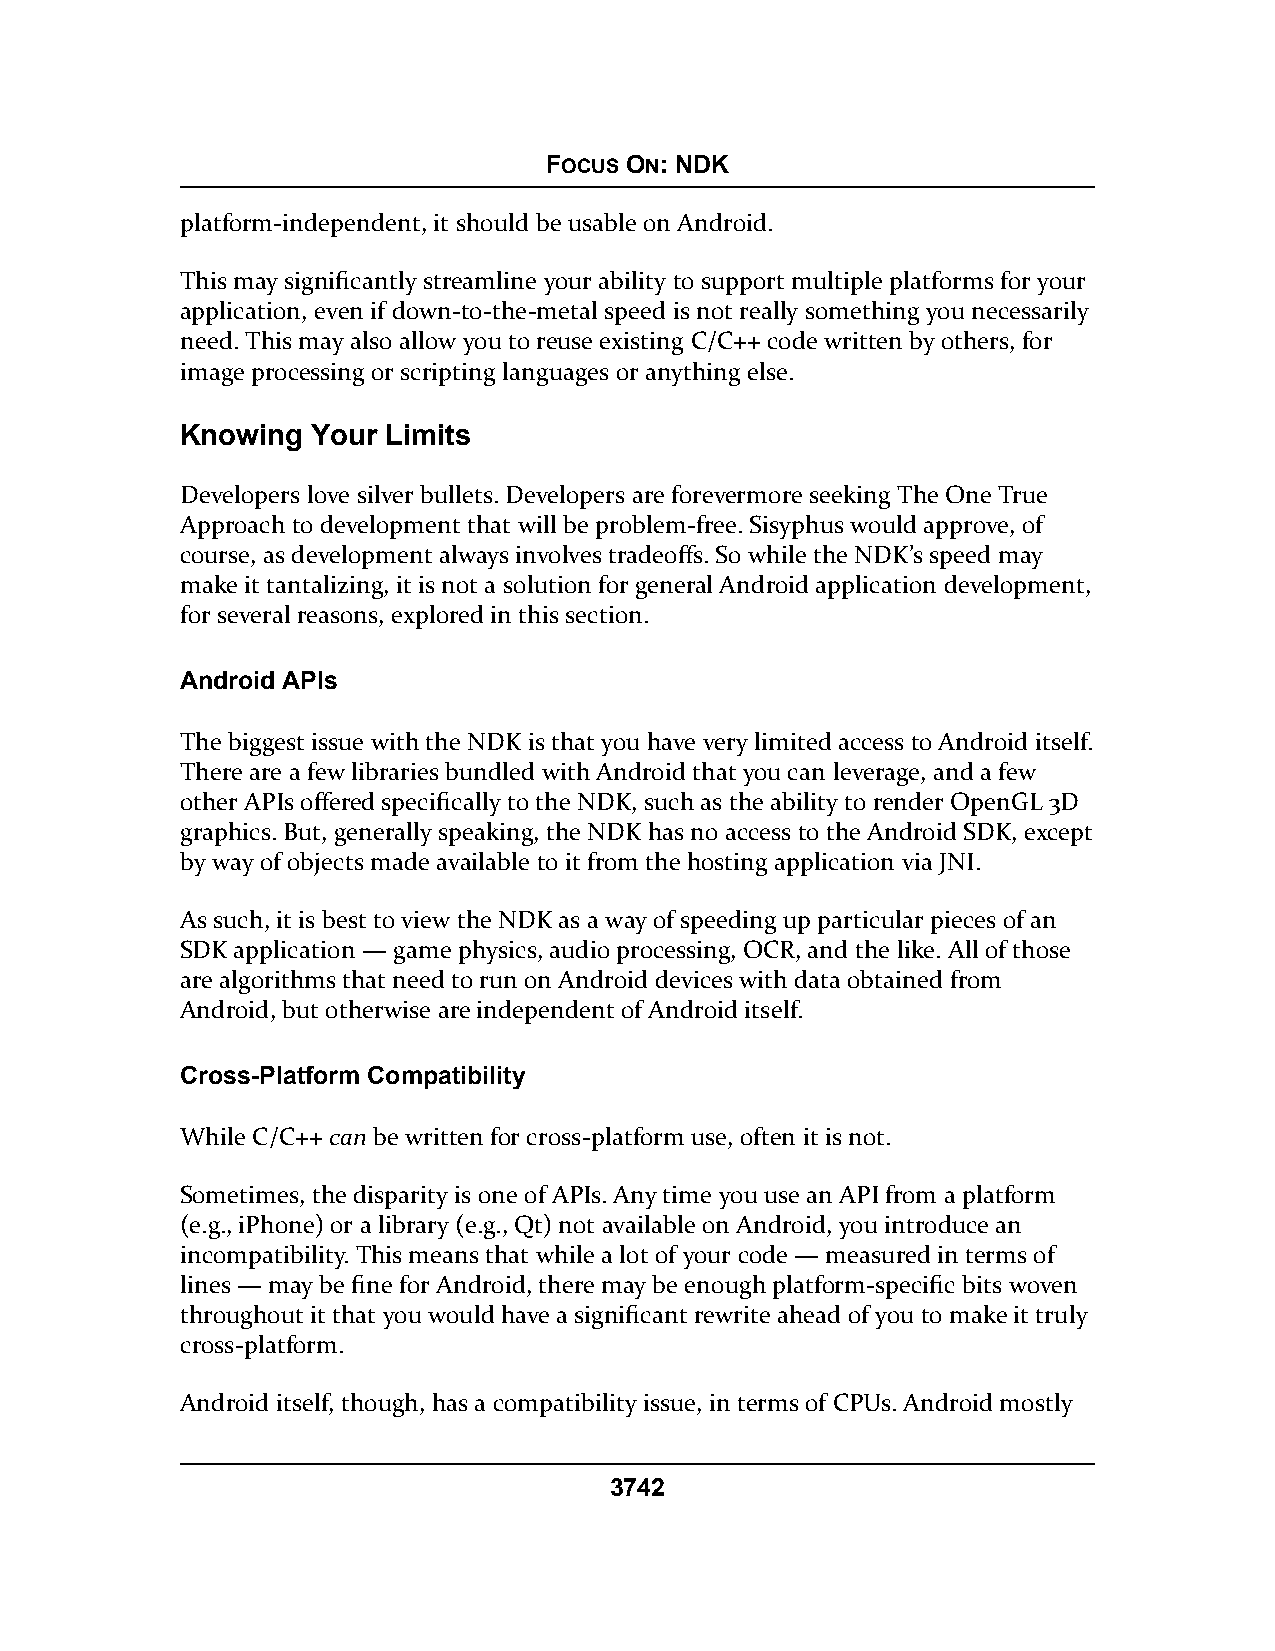
FOCUS ON: NDK
 platform-independent, it should be usable on Android.
 This may significantly streamline your ability to support multiple platforms for your
 application, even if down-to-the-metal speed is not really something you necessarily
 need. This may also allow you to reuse existing C/C++ code written by others, for
 image processing or scripting languages or anything else.
 Knowing  Your Limits
 Developers love silver bullets. Developers are forevermore seeking The One True
 Approach to development that will be problem-free. Sisyphus would approve, of
 course, as development always involves tradeoffs. So while the NDK’s speed may
 make it tantalizing, it is not a solution for general Android application development,
 for several reasons, explored in this section.
 Android APIs
 The biggest issue with the NDK is that you have very limited access to Android itself.
 There are a few libraries bundled with Android that you can leverage, and a few
 other APIs offered specifically to the NDK, such as the ability to render OpenGL 3D
 graphics. But, generally speaking, the NDK has no access to the Android SDK, except
 by way of objects made available to it from the hosting application via JNI.
 As such, it is best to view the NDK as a way of speeding up particular pieces of an
 SDK application — game physics, audio processing, OCR, and the like. All of those
 are algorithms that need to run on Android devices with data obtained from
 Android, but otherwise are independent of Android itself.
 Cross-Platform Compatibility
 While C/C++ can be written for cross-platform use, often it is not.
 Sometimes, the disparity is one of APIs. Any time you use an API from a platform
 (e.g., iPhone) or a library (e.g., Qt) not available on Android, you introduce an
 incompatibility. This means that while a lot of your code — measured in terms of
 lines — may be fine for Android, there may be enough platform-specific bits woven
 throughout it that you would have a significant rewrite ahead of you to make it truly
 cross-platform.
 Android itself, though, has a compatibility issue, in terms of CPUs. Android mostly
 3742